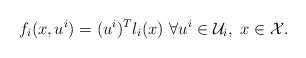
LaTeX: \begin{gather*}f_i(x,u^i) = (u^i)^Tl_i(x)\ \forall u^i \in \mathcal{U}_i, \ x \in \mathcal{X}.\end{gather*}